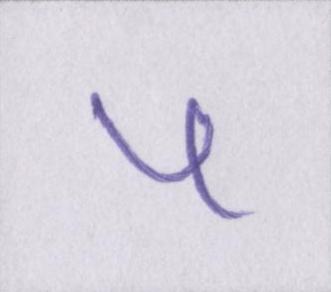
५